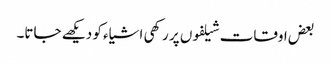
بعض اوقات شیلفوں پر رکھی اشیاء کو دیکھے جاتا۔